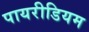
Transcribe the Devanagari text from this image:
पायरीडियम